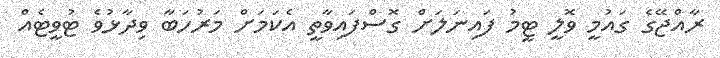
ރާއްޖޭގެ ގައުމީ ވޮލީ ޓީމު ފައިނަލަށް ގޮސްފައިވާތީ އެކަމަށް މަރުހަބާ ވިދާޅުވެ ޓުވީޓެއް